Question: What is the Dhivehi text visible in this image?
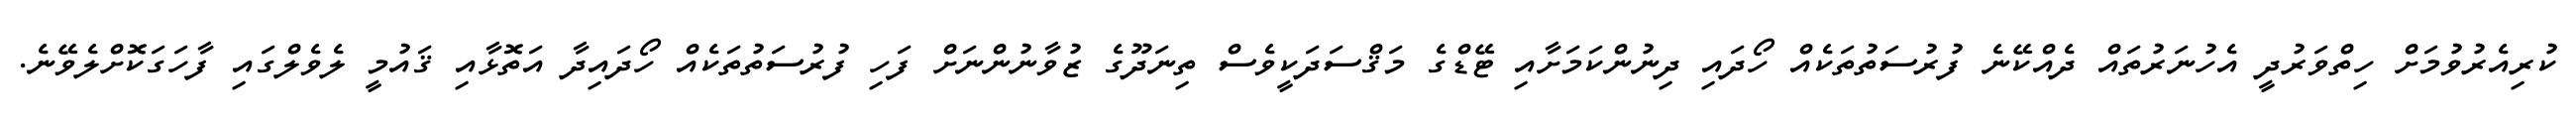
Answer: ކުރިއެރުވުމަށް ހިތްވަރުދީ އެހުނަރުތައް ދެއްކޭނެ ފުރުސަތުތަކެއް ހޯދައި ދިނުންކަމަށާއި ޓޭޑްގެ މަޤްސަދަކީވެސް ތިނަދޫގެ ޒުވާނުންނަށް ފަހި ފުރުސަތުތަކެއް ހޯދައިދާ އަތޮޅާއި ޤައުމީ ލެވެލްގައި ފާހަގަކޮށްލެވޭނެ.